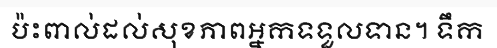
ប៉ះពាល់ដល់សុខភាពអ្នកទទួលទាន។ ទឹក